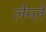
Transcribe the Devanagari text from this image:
लेम्ले